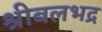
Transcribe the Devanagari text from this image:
श्रीबलभद्र